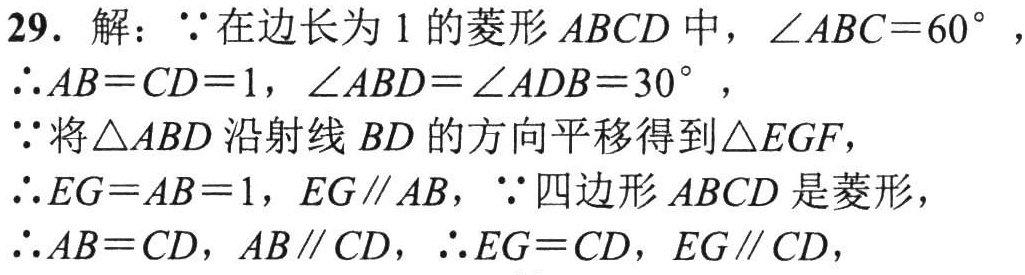
29. 解：$\because$在边长为$1$的菱形$ABCD$中，$\angle ABC = 60^{\circ}$，

$\therefore AB = CD = 1$，$\angle ABD=\angle ADB = 30^{\circ}$，

$\because$将$\triangle ABD$沿射线$BD$的方向平移得到$\triangle EGF$，

$\therefore EG = AB = 1$，$EG\parallel AB$，$\because$四边形$ABCD$是菱形，

$\therefore AB = CD$，$AB\parallel CD$，$\therefore EG = CD$，$EG\parallel CD$，